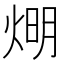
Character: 𤊉